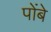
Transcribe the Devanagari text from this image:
पोंबे